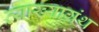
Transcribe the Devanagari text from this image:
व्याख्याग्रंथ